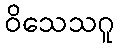
ဝိသေသဂူ